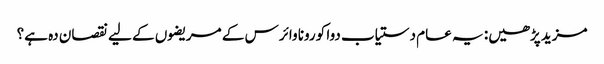
مزید پڑھیں: یہ عام دستیاب دوا کورونا وائرس کے مریضوں کے لیے نقصان دہ ہے؟